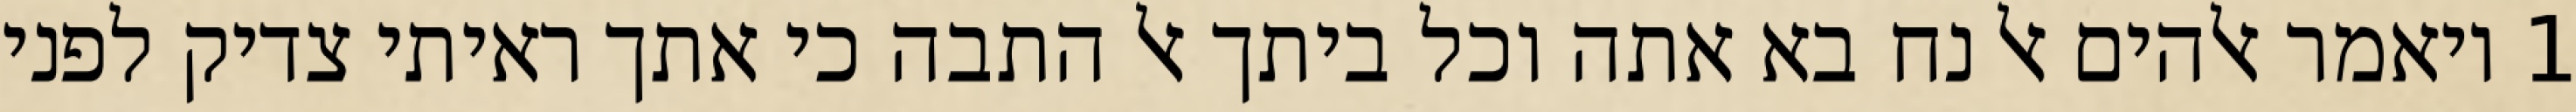
1 ויאמר אלהים אל נח בא אתה וכל ביתך אל התבה כי אתך ראיתי צדיק לפני